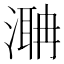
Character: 𣼚